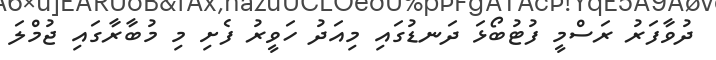
ދުވާފަރު ރަސްމީ ފުޓުބޯޅަ ދަނޑުގައި މިއަދު ހަވީރު ފެށި މި މުބާރާގައި ޖުމްލަ